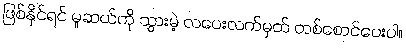
ဖြစ်နိုင်ရင် မူဆယ်ကို သွားမဲ့ လပေးလက်မှတ် တစ်စောင်ပေးပါ။